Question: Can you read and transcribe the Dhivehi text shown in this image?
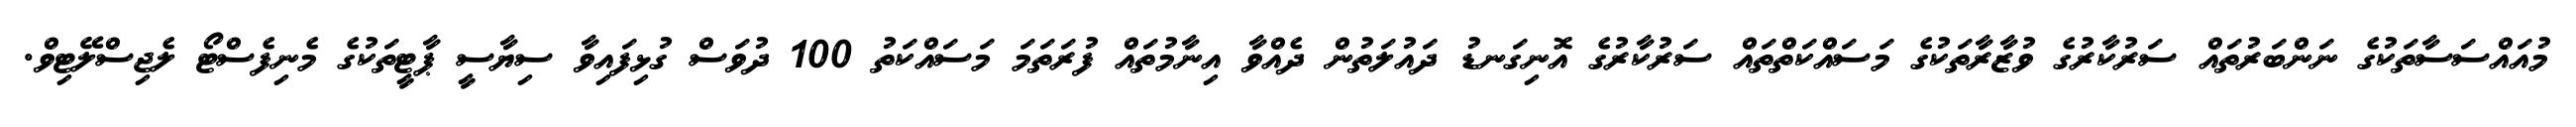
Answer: މުއައްސަސާތަކުގެ ނަންބަރުތައް ސަރުކާރުގެ ވުޒާރާތަކުގެ މަސައްކަތްތައް ސަރުކާރުގެ އޮނިގަނޑު ދައުލަތުން ދެއްވާ އިނާމުތައް ފުރަތަމަ މަސައްކަތު 100 ދުވަސް ގުޅިފައިވާ ސިޔާސީ ޕާޓީތަކުގެ މެނިފެސްޓޯ ލެޖިސްލޭޓިވް.